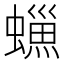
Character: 𧑳